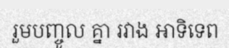
រួមបញ្ចូល គ្នា រវាង អាទិទេព